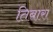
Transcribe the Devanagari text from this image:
तिबारा